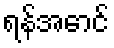
ရန်အောင်